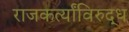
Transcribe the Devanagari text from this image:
राजकर्त्यांविरुद्ध